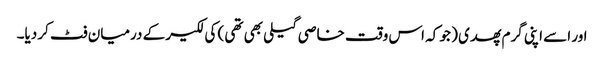
اور اسے اپنی گرم پھدی ( جو کہ اس وقت خاصی گیلی بھی تھی ) کی لکیر کے درمیان فٹ کر دیا۔